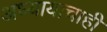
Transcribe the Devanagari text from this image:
अध्यायाचाही